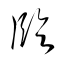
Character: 臨